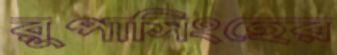
রুপাসিংহের